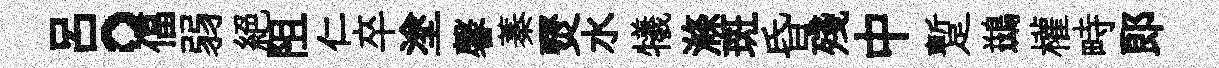
呂。偪弱絕阻仁卒塗馨蓁燹水犧滌斑昏殘中蹔鷀權畤郞